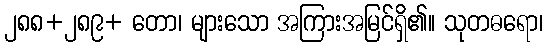
၂၈၈+၂၈၉+ တော၊ များသော အကြားအမြင်ရှိ၏။ သုတဓရော၊